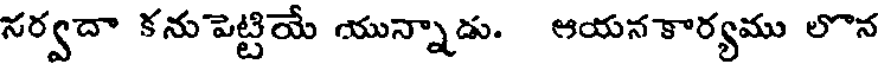
సర్వదా కను పెట్టియే యున్నాడు. ఆయన కార్యము లొన